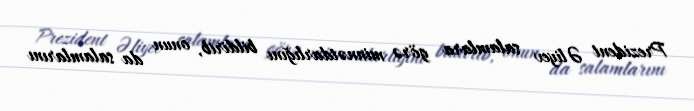
Prezident Əliyev salamlara görə minnətdarlığını bildirib, onun da salamlarını